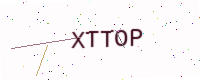
Text: XTTOP